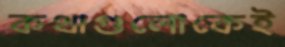
কথাগুলোকেই